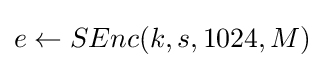
e\leftarrow SEnc(k,s,1024,M)